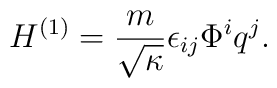
H^{(1)} =   \frac{m}{\sqrt{\kappa}} \epsilon_{ij} \Phi^i q^j.